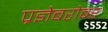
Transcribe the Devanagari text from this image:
प्रज्ञेबरोबर